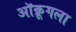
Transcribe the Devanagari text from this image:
ऑक्रूगला